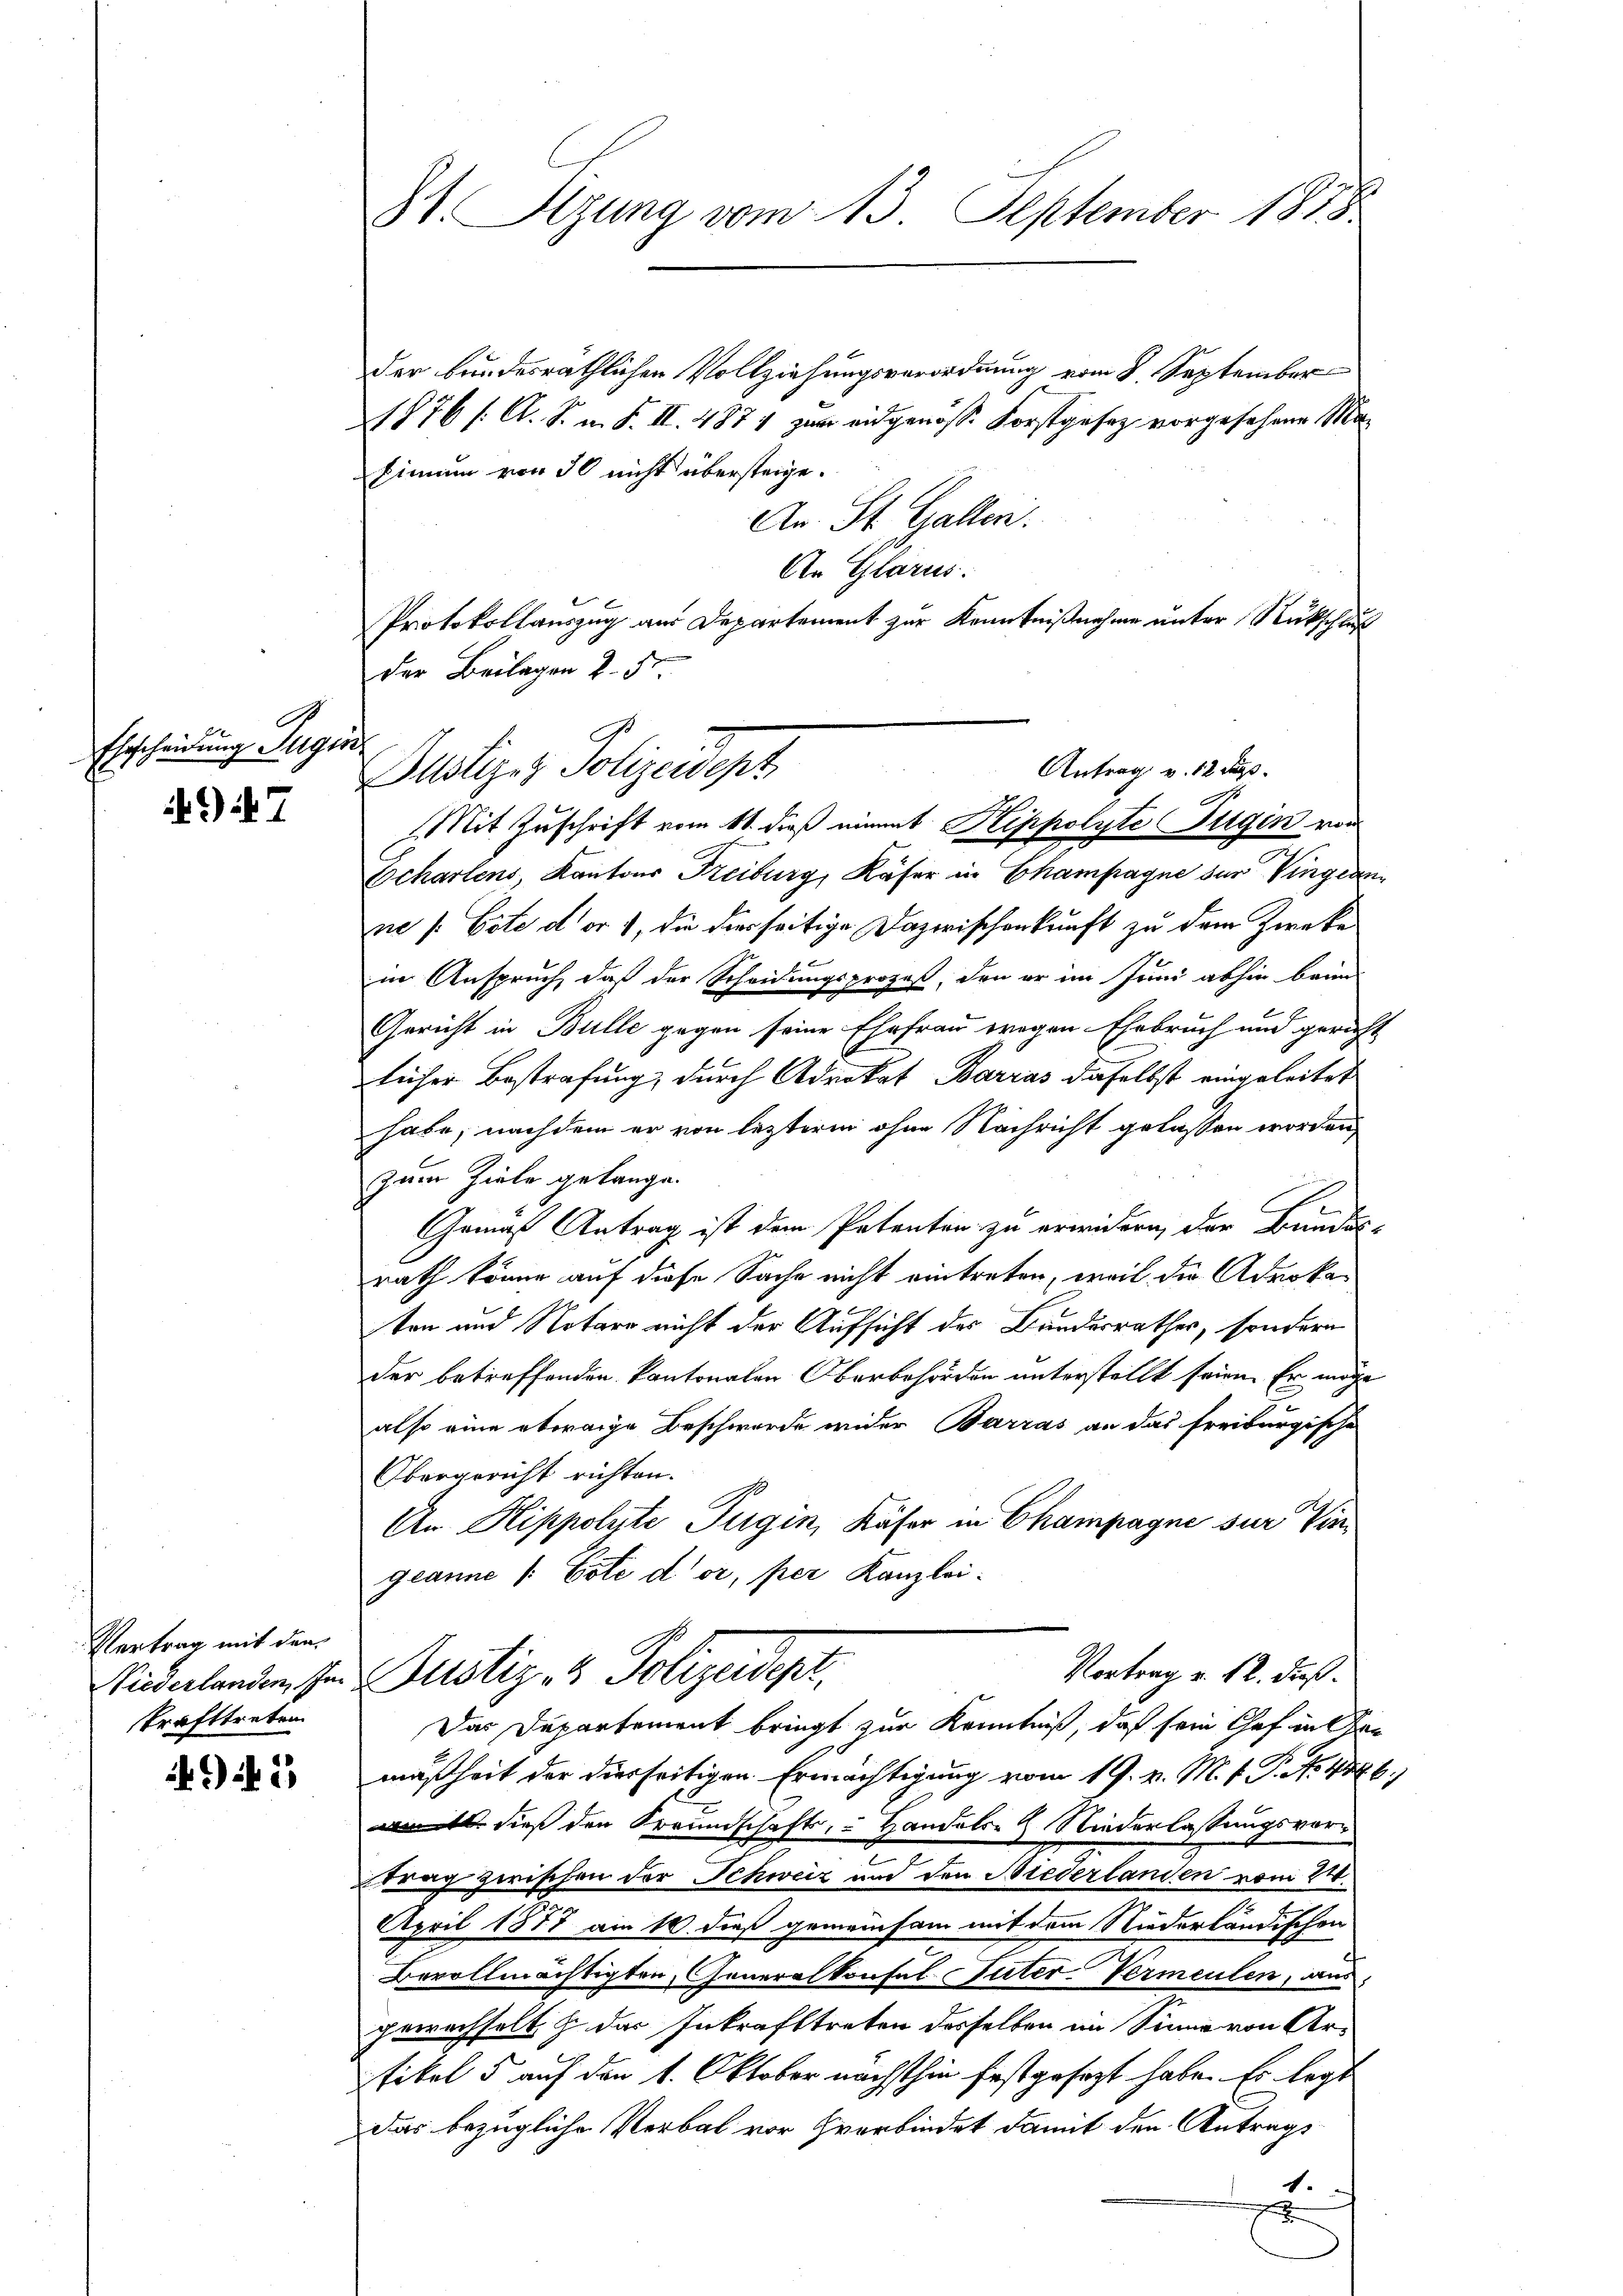
B
Ehrscheidung Sugin

7

Vertrag mit den
trafttreten

5

Zt. Stzung vom 13. September 1878

der bundesräthlichen Vollziehungsverordnung vom 8. September
1876 /: A. R. n. F. II. 4874 zum eidgenosse Forstgesetz vorgesehene Masinnung von 50 nicht übersteige.
An St. Galler.
An Glarus:
Protokollauszug aus Departement zur Kenntnißnahme unter Rückschluß
der Beilagen 2. 5
Mit Zuschrift vom 11. dieß eimmt Klippolyte Jugin von
Echartens, Kantons Freiburg, Käser in Champagne der Vingern
ne /: Cote der 1, die dies seitige Dazwischenkunft zu dem Zwecke
in Anspruch, daß der Scheidungsprozeß, den er im Juni abhin beim
Gericht in Bulle gegen seine Ehefrau wegen Ehebruch und gericht
licher Bestrafung, durch Advokat Barras daselbst eingeleitet
habe, nachdem er von lezterm ohne Nachricht gelassen worden,
zum Ziele gelange.
Gomas Antrag ist dem Patenten zu erwidern, der Bundes-
rath könne auf diese Sache nicht eintreten, weil die Advoka¬
u
ten und Notare nicht der Aufsicht des Bundesrathes, sondern
der betreffenden kantonalen Oberbehörden unterstellt seien. Er möge
also eine etwaige Beschwerde wider Barras an das freiburgische
Obergericht richten.
An Klippolute Tugin, Käser in Champagne sur Vin
geanne /: Eote d’or, per Kanzlei-
Vortrag v. 12. dieß.
Niederlanden, so Gustiz & Polizeidept,
Das Departement bringt zur Kenntniß, daß sein Chef in den
mäßheit der diesseitigen Ermächtigung vom 19. v. M. P. P. No. 486)
 dieß den Freundschafts, Handels- & Niederlassungsvortrag zerischen der Schweiz und den Niederlanden vom 24.
April 1877 am 16. dieß gemeinsam mit dem Niederländischen
Bevollmächtigten, Generalkonfal- Tuter Vermeulen, aus
gewachselt & des Inkrafttreten desselben im Sinne von Artikel 5 auf den 1. Oktober nächsthin festgesezt habe. Es legt
Das bezügliche Verbal vor verbindet damit den Antrags
1.
e

Antrag v. 12 das
Bustiger Polizeidept